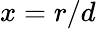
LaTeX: x=r/d